Report on the working of the Ranchi Indian Mental Hospital, Kanke, in Bihar and Orissa - 1930-1940
Year: 1930
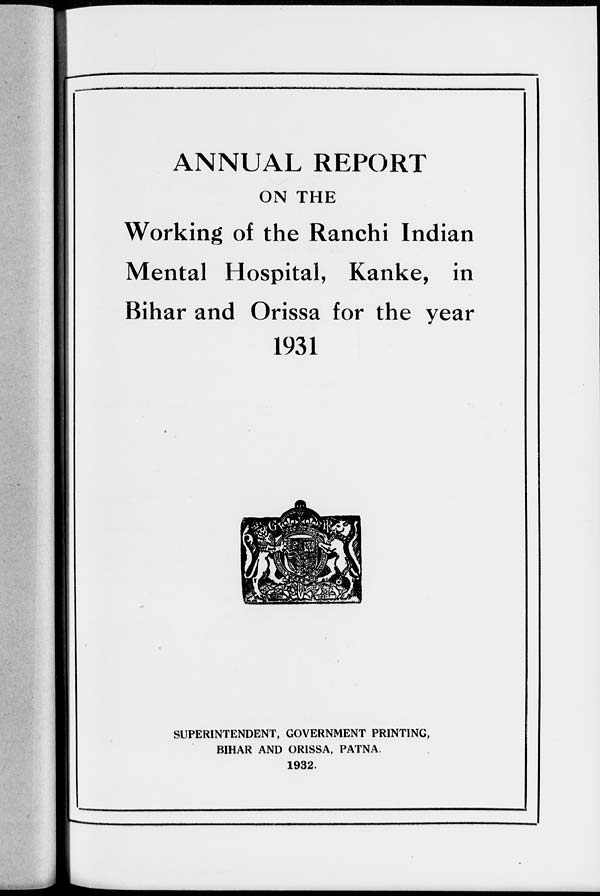
ANNUAL REPORT
ON THE
Working of the Ranchi Indian
Mental Hospital, Kanke, in
Bihar and Orissa for the year
1931
SUPERINTENDENT, GOVERNMENT PRINTING,
BIHAR AND ORISSA, PATNA.
1932.